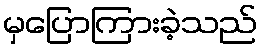
မှပြောကြားခဲ့သည်